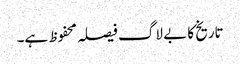
تاریخ کا بے لاگ فیصلہ محفوظ ہے۔